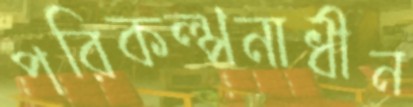
পরিকল্পনাধীন